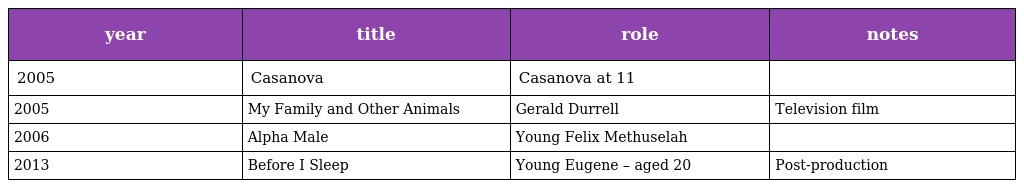
| year | title | role | notes |
 | --- | --- | --- | --- |
 | 2005 | Casanova | Casanova at 11 |  |
 | 2005 | My Family and Other Animals | Gerald Durrell | Television film |
 | 2006 | Alpha Male | Young Felix Methuselah |  |
 | 2013 | Before I Sleep | Young Eugene – aged 20 | Post-production |